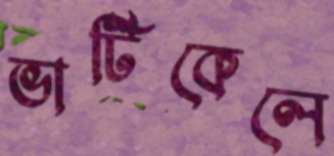
ভার্টিকেলে